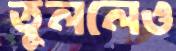
তুললেও